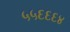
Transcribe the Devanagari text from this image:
५५६६६४